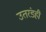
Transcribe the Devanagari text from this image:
उतरंडही